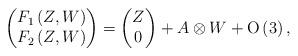
LaTeX: \begin{align*} \begin{pmatrix} F_{1}\left(Z,W\right)\\ F_{2}\left(Z,W\right) \end{pmatrix} =\begin{pmatrix} Z \\ 0 \end{pmatrix} + A\otimes W+ \mbox{O}\left(3\right), \end{align*}